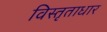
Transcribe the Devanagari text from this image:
विस्तृताधार